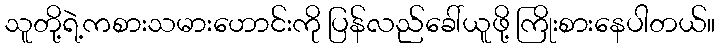
သူတို့ရဲ့ကစားသမားဟောင်းကို ပြန်လည်ခေါ်ယူဖို့ ကြိုးစားနေပါတယ်။